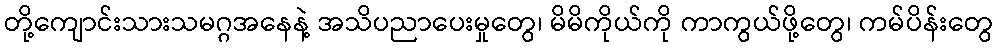
တို့ကျောင်းသားသမဂ္ဂအနေနဲ့ အသိပညာပေးမှုတွေ၊ မိမိကိုယ်ကို ကာကွယ်ဖို့တွေ၊ ကမ်ပိန်းတွေ